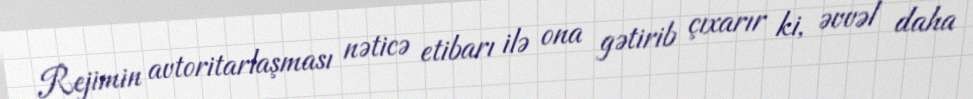
Rejimin avtoritarlaşması nəticə etibarı ilə ona gətirib çıxarır ki, əvvəl daha